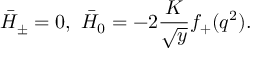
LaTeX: \bar { H } _ { \pm } = 0 , ~ \bar { H } _ { 0 } = - 2 \frac { K } { \sqrt { y } } f _ { + } ( q ^ { 2 } ) .